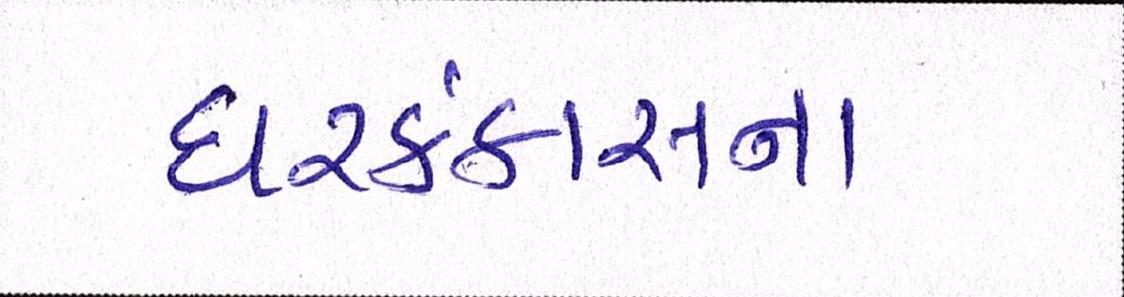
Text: ઘરકંકાસના